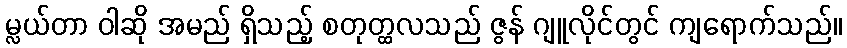
မ္လယ်တာ ဝါဆို အမည် ရှိသည့် စတုတ္ထလသည် ဇွန် ဂျူလိုင်တွင် ကျရောက်သည်။